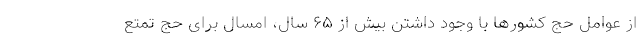
از عوامل حج کشورها با وجود داشتن بیش از ۶۵ سال، امسال برای حج تمتع